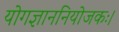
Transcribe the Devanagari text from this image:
योगज्ञाननियोजकः।